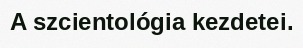
A szcientológia kezdetei.